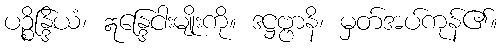
ပဉ္စိန္ဒြိယံ၊ ဣန္ဒြေငါးမျိုးကို။ ဒဋ္ဌဗ္ဗာနိ၊ မှတ်အပ်ကုန်၏။